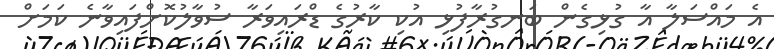
އެ މައްސަލާ އާ ގުޅިގެން ބަނގުރާފުޅި އުކި ކާރުގެ ޑްރައިވަރާ ސުވާލުކޮށްފައިވާނެ ކަމަށް